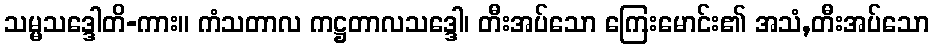
သမ္မသဒ္ဒေါတိ-ကား။ ကံသတာလ ကဋ္ဌတာလသဒ္ဒေါ၊ တီးအပ်သော ကြေးမောင်း၏ အသံ,တီးအပ်သော